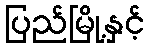
ပြည်မြို့နှင့်